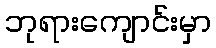
ဘုရားကျောင်းမှာ